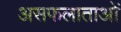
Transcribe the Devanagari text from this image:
असफलाताओं